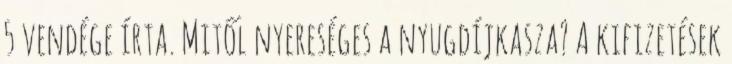
5 vendége írta. Mitől nyereséges a nyugdíjkasza? A kifizetések